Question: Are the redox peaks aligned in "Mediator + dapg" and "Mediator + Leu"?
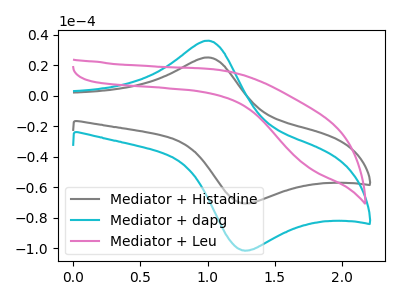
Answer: <think>The gray curve "Mediator + Histadine" has an anodic peak at (1.00V, 25.15uA) and a cathodic peak at (1.25V, -70.55uA). The cyan curve "Mediator + dapg" has an anodic peak at (1.00V, 36.15uA) and a cathodic peak at (1.25V, -101.40uA). The pink curve "Mediator + Leu" has no peaks.</think>
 <answer>No, "Mediator + dapg" and "Mediator + Leu" have a different number of peaks.</answer>
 <eval>different_amount</eval>